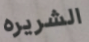
الشريره